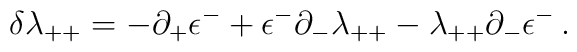
\delta \lambda_{++}=-\partial_+\epsilon^- +\epsilon^-\partial_-\lambda_{++}-\lambda_{++}\partial_-\epsilon^-\,.